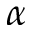
\alpha